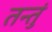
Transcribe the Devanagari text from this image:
तन्तुं